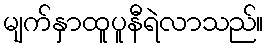
မျက်နှာထူပူနီရဲလာသည်။